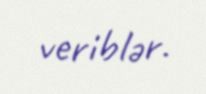
veriblər.